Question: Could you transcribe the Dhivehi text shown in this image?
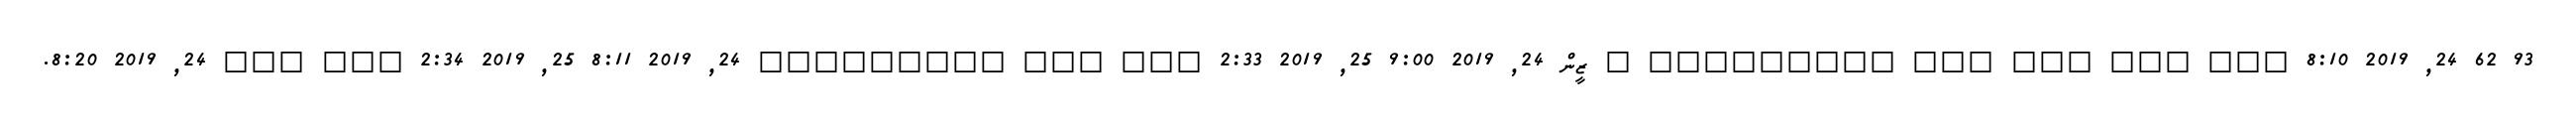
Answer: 93 62 24, 2019 8:10 ??? ??? ??? ??? ????????? ? ޒީން 24, 2019 9:00 25, 2019 2:33 ??? ??? ????????? 24, 2019 8:11 25, 2019 2:34 ??? ??? 24, 2019 8:20.